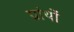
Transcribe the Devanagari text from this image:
ग्रांथों